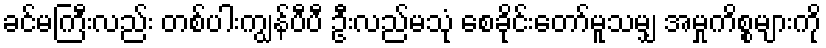
ခင်မကြီးလည်း တစ်ပါးကျွန်ပီပီ ဦးလည်မသုံ စေခိုင်းတော်မူသမျှ အမှုကိစ္စများကို